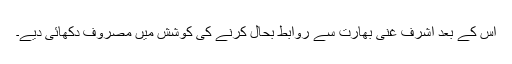
اس کے بعد اشرف غنی بھارت سے روابط بحال کرنے کی کوشش میں مصروف دکھائی دیے۔